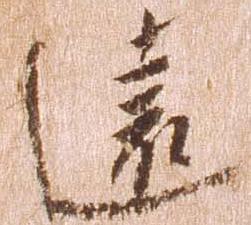
遠